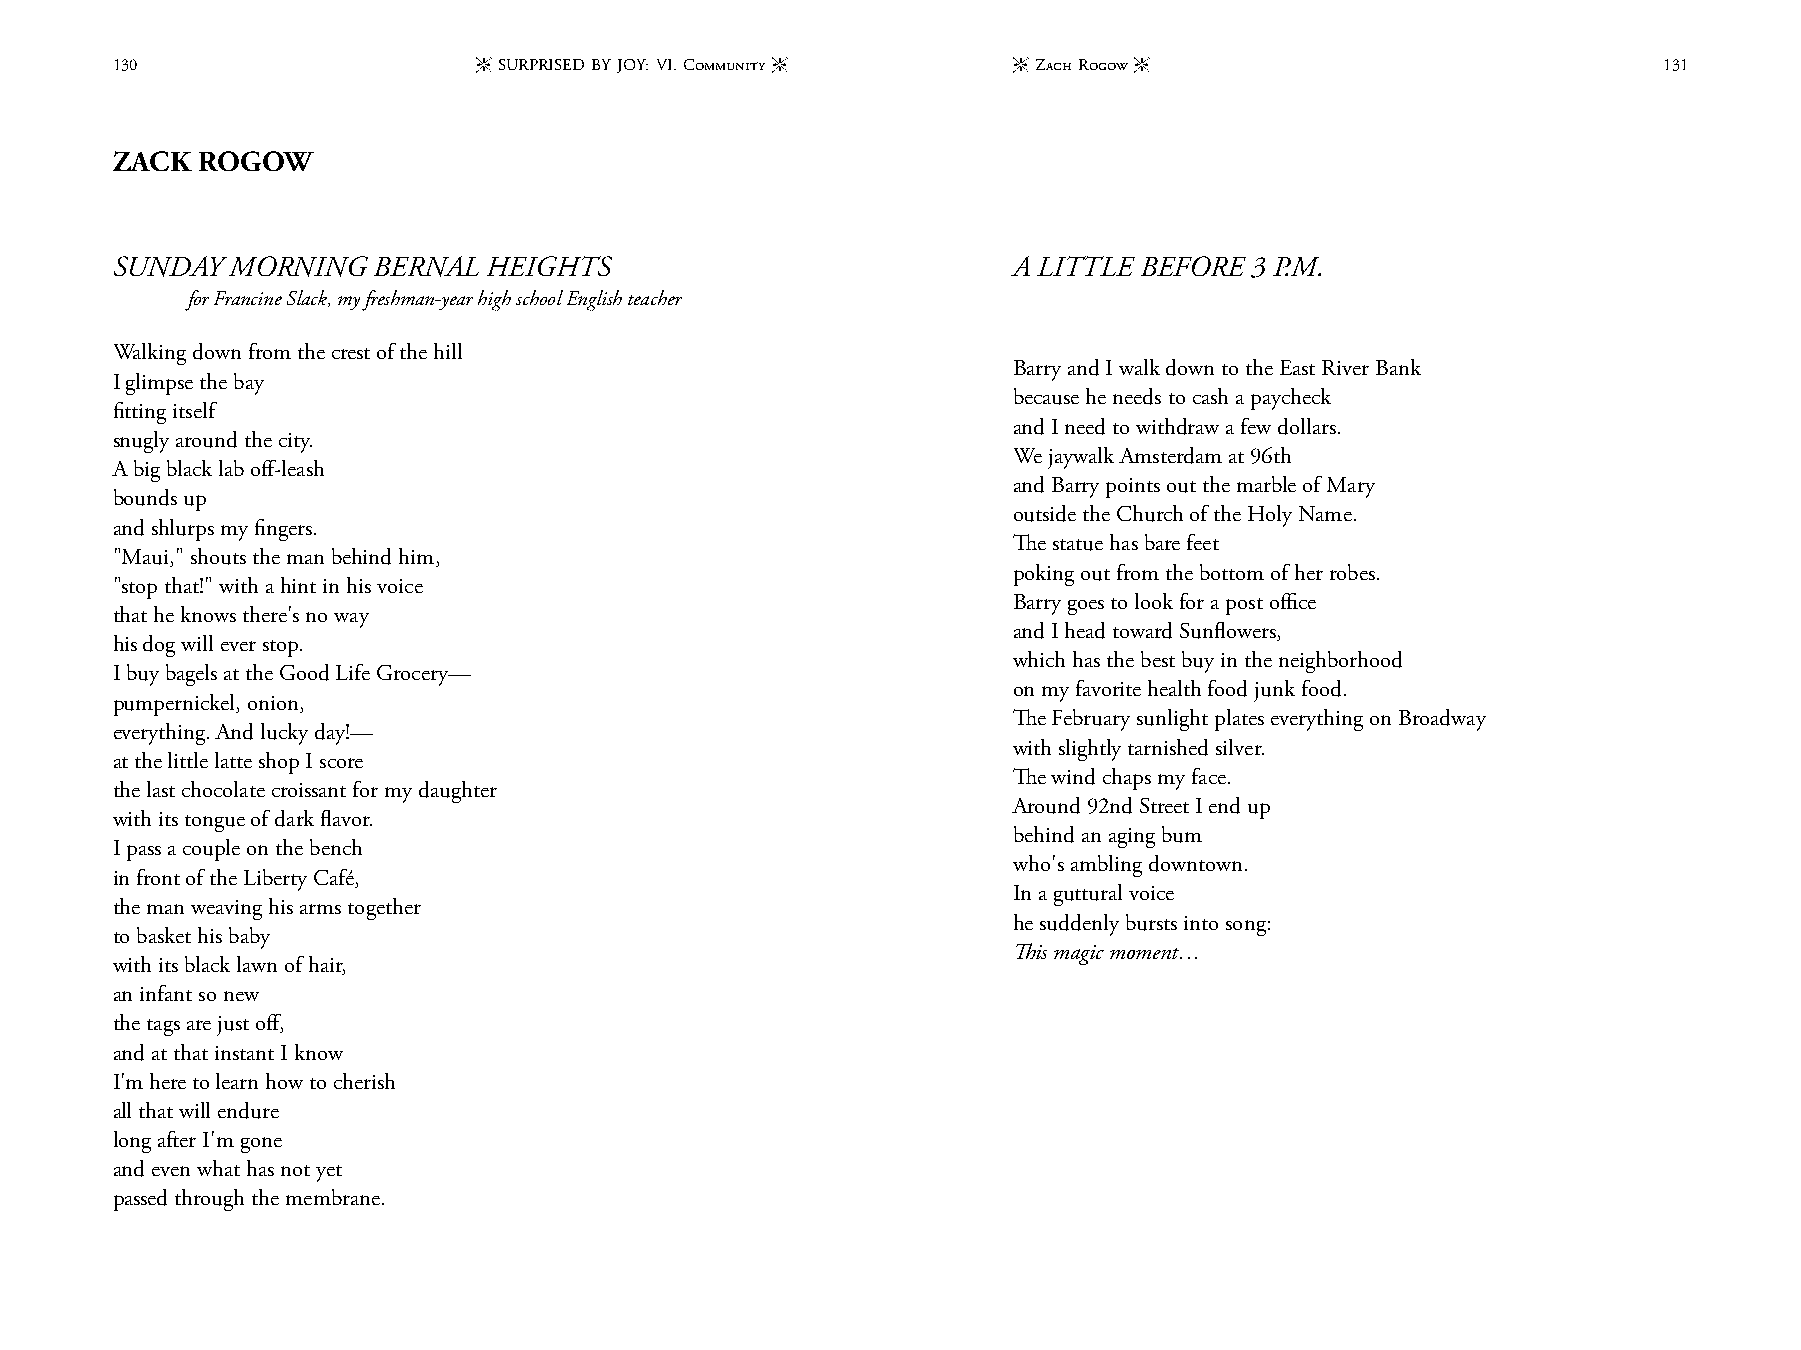
130                      - SURPRISED BY JOY: VI. Community - - Zach Rogow -                            131
 ZACK  ROGOW
 SUNDAY  MORNING   BERNAL HEIGHTS                            A LITTLE BEFORE 3 P.M.
 for Francine Slack, my freshman-year high school English teacher
 Walking down from the crest of the hill
 Barry and I walk down to the East River Bank
 I glimpse the bay
 because he needs to cash a paycheck
 fitting itself
 and I need to withdraw a few dollars.
 snugly around the city.
 We jaywalk Amsterdam at 96th
 A big black lab off-leash
 and Barry points out the marble of Mary
 bounds up
 outside the Church of the Holy Name.
 and shlurps my fingers.
 The statue has bare feet
 "Maui," shouts the man behind him,
 poking out from the bottom of her robes.
 "stop that!" with a hint in his voice
 Barry goes to look for a post office
 that he knows there's no way
 and I head toward Sunflowers,
 his dog will ever stop.
 which has the best buy in the neighborhood
 I buy bagels at the Good Life Grocery—
 on my favorite health food junk food.
 pumpernickel, onion,
 The February sunlight plates everything on Broadway
 everything. And lucky day!—
 with slightly tarnished silver.
 at the little latte shop I score
 The wind chaps my face.
 the last chocolate croissant for my daughter
 Around 92nd Street I end up
 with its tongue of dark flavor.
 behind an aging bum
 I pass a couple on the bench
 who's ambling downtown.
 in front of the Liberty Café,
 In a guttural voice
 the man weaving his arms together
 he suddenly bursts into song:
 to basket his baby
 This magic moment…
 with its black lawn of hair,
 an infant so new
 the tags are just off,
 and at that instant I know
 I'm here to learn how to cherish
 all that will endure
 long after I'm gone
 and even what has not yet
 passed through the membrane.